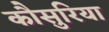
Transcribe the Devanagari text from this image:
कौसुरिया